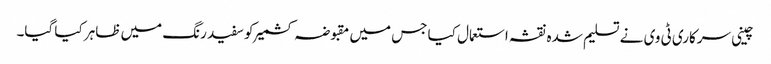
چینی سرکاری ٹی وی نے تسلیم شدہ نقشہ استعمال کیا جس میں مقبوضہ کشمیر کو سفید رنگ میں ظاہر کیا گیا۔